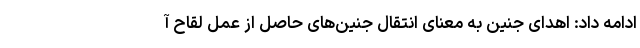
ادامه داد: اهدای جنین به معنای انتقال جنین‌های حاصل از عمل لقاح آ